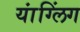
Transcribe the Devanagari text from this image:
यांग्लिंग